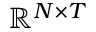
\mathbb { R } ^ { N \times T }